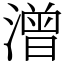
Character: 潧